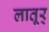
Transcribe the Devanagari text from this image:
लातूर्